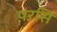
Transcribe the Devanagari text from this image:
परसि